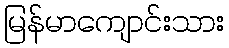
မြန်မာကျောင်းသား